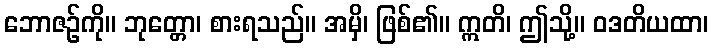
ဘောဇဉ်ကို။ ဘုတ္တော၊ စားရသည်။ အမှိ၊ ဖြစ်၏။ ဣတိ၊ ဤသို့။ ဝဒတိယထာ၊